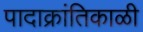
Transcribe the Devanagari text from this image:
पादाक्रांतिकाळी